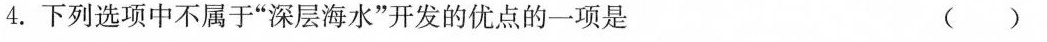
4.下列选项中不属于”深层海水”开发的优点的一项是 ( )